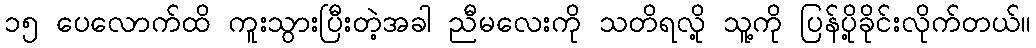
၁၅ ပေလောက်ထိ ကူးသွားပြီးတဲ့အခါ ညီမလေးကို သတိရလို့ သူ့ကို ပြန်ပို့ခိုင်းလိုက်တယ်။